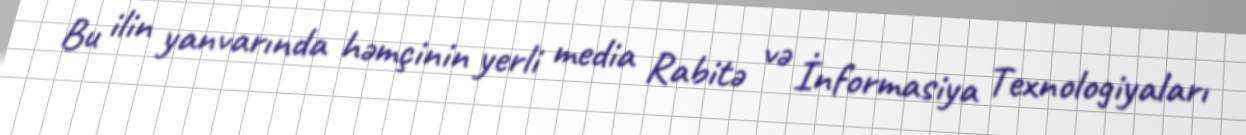
Bu ilin yanvarında həmçinin yerli media Rabitə və İnformasiya Texnologiyaları